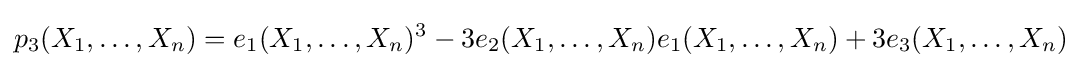
p_{3}(X_{1},\ldots ,X_{n})=e_{1}(X_{1},\ldots ,X_{n})^{3}-3e_{2}(X_{1},\ldots ,X_{n})e_{1}(X_{1},\ldots ,X_{n})+3e_{3}(X_{1},\ldots ,X_{n})